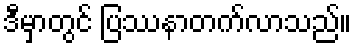
ဒီမှာတွင် ပြဿနာတက်လာသည်။